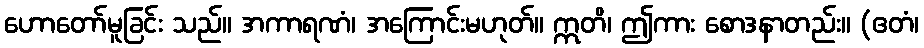
ဟောတော်မူခြင်း သည်။ အကာရဏံ၊ အကြောင်းမဟုတ်။ ဣတိ၊ ဤကား စောဒနာတည်း။ (ဧတံ၊